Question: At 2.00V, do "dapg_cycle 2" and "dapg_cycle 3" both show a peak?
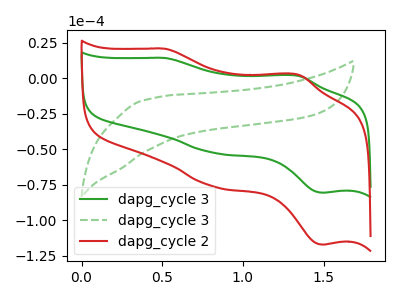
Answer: <think>The green curve "dapg_cycle 3" has anodic peaks at (0.50V, 14.40uA) (1.35V, 1.70uA) and cathodic peaks at (0.80V, -52.45uA) (1.50V, -80.50uA). The green dashed curve "dapg_cycle 3" has no peaks. The red curve "dapg_cycle 2" has anodic peaks at (0.50V, 20.90uA) (1.35V, 2.50uA) and cathodic peaks at (0.80V, -76.25uA) (1.50V, -117.10uA).</think>
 <answer>No, "dapg_cycle 2" and "dapg_cycle 3" dont share a peak at 2.00V.</answer>
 <eval>mismatch</eval>